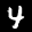
Label: 4